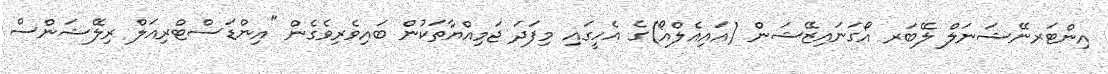
އިންޓަރނޭޝަނަލް ލޭބަރ އޯގަނައިޒޭޝަން (އައިއެލްއޯ)ގެ އެހީގައި މިފަދަ ޖަމިއްޔާތަކުން ބައިވެރިވެގެން "އިންޑަސްޓްރިއަލް ރިލޭޝަންސް